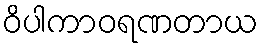
ဝိပါကာဝရဏတာယ